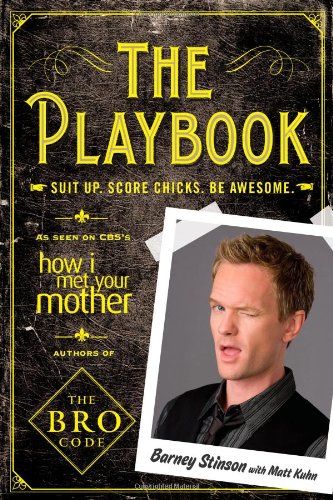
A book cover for The Playbook: Suit up. Score chicks. Be awesome.; Barney Stinson; Humor & Entertainment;